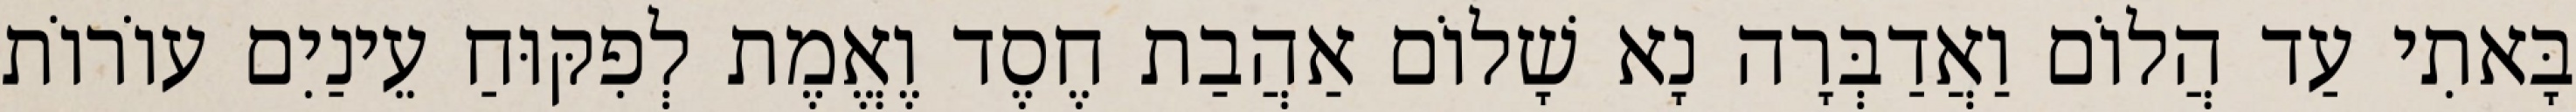
בָּאתִי עַד הֲלוֹם וַאֲדַבְּרָה נָא שָׁלוֹם אַהֲבַת חֶסֶד וֶאֱמֶת לְפִקּוּחַ עֵינַיִם עוֹרוֹת